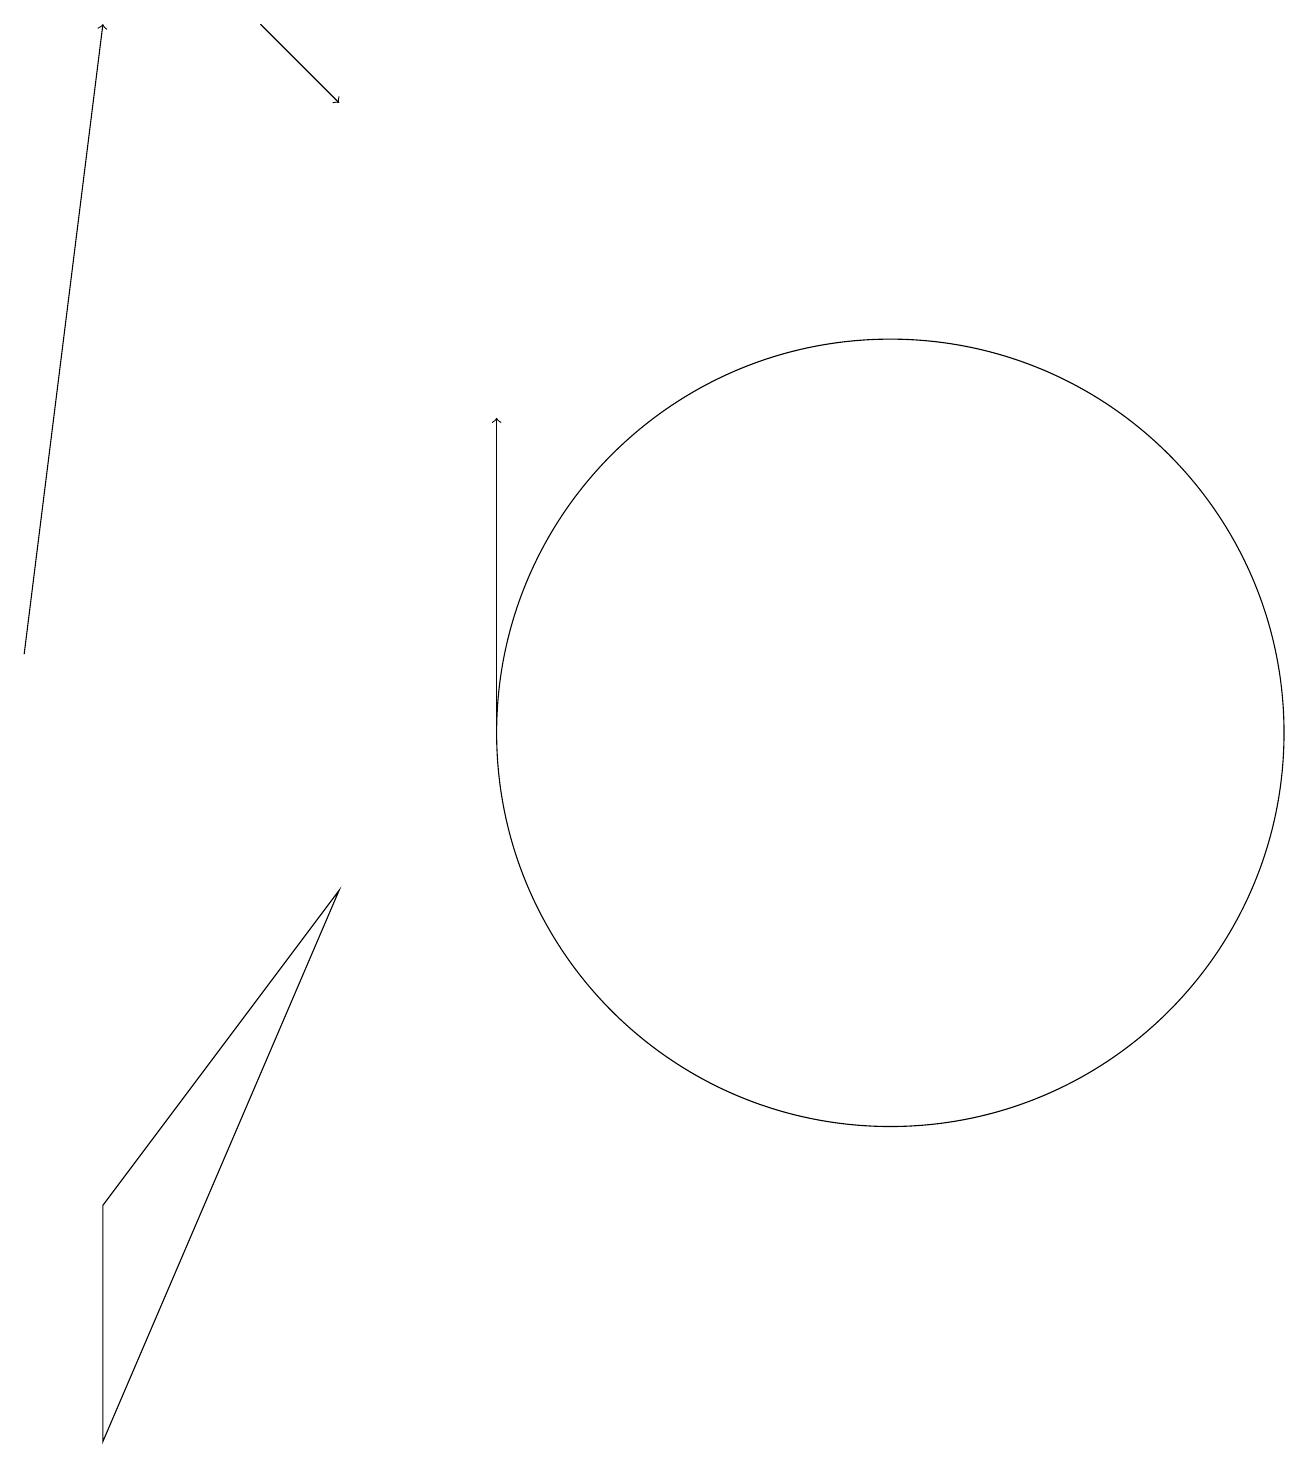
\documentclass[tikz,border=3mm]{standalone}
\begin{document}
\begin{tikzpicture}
\draw[->] (4,19) -- (5,18);
\draw[->] (7,10) -- (7,14);
\draw[->] (1,11) -- (2,19);
\draw (5,8) -- (2,1) -- (2,4) -- cycle;
\draw (12,10) circle (5);
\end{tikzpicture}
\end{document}